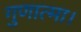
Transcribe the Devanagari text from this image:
गुणात्मा।